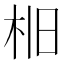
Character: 𣐤